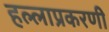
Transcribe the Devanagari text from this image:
हल्लाप्रकरणी